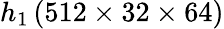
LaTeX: h_{1}\, (512\times 32\times 64)